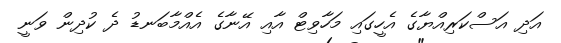
އަދި އަސްކަރިއްޔާގެ އެހީގައި މަހާވިޓް އާއި އޭނާގެ އެއްމާބަނޑު ދެ ކުދިން ވަނީ